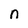
Character: n